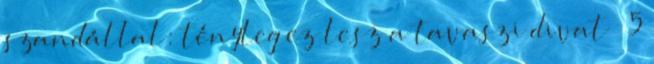
szandállal: tényleg ez lesz a tavaszi divat » 5